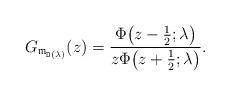
LaTeX: \begin{gather*}G_{\mathfrak{m}_{\mathtt{D}(\lambda)}}(z)= \frac{\Phi\big(z-\tfrac{1}{2};\lambda\big)}{z \Phi\big(z+\tfrac{1}{2};\lambda\big)}.\end{gather*}